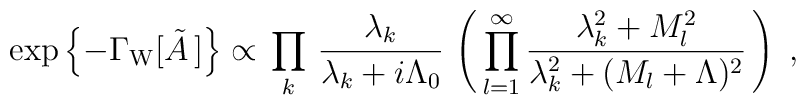
\exp\left\{-\Gamma_{\rm W}[\tilde{A}\,]\right\} \propto \,     \prod_{k} \, \frac{\lambda_k}{\lambda_k + i\Lambda_0} \,     \left(\, \prod_{l=1}^{\infty}     \frac{\lambda_k^2 + M_l^2}{\lambda_k^2 + (M_l+\Lambda)^2}\,\right)\; ,